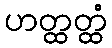
ဟတ္ထတ္ထံ